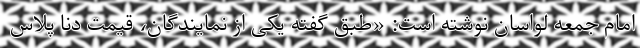
امام جمعه لواسان نوشته است: «طبق گفته یکی از نمایندگان، قیمت دنا پلاس